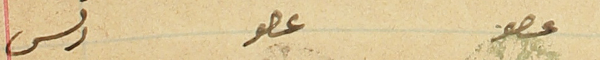
عصو                          عصو             رىس